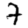
Digit: 7